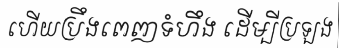
ហើយប្រឹងពេញទំហឹង ដើម្បីប្រឡង